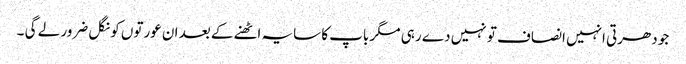
جو دھرتی انہیں انصاف تو نہیں دے رہی مگر باپ کا سایہ اٹھنے کے بعد ان عورتوں کو نگل ضرور لے گی ۔